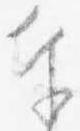
奉